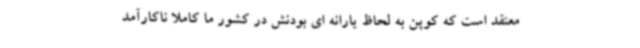
معتقد است که کوپن به لحاظ یارانه ای بودنش در کشور ما کاملا ناکارآمد